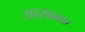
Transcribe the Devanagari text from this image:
आर४०००